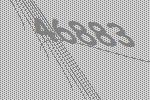
46883